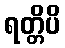
ရတ္တိပိ